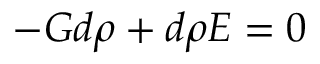
- G d \rho + d \rho E = 0